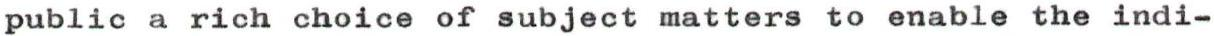
public a rich choice of subject matters to enable the indi-